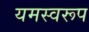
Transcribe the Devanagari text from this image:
यमस्वरूप